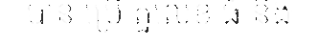
បាន ប្រើ តួលេខ ធំ និង